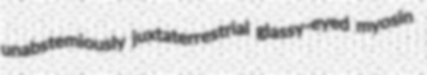
unabstemiously juxtaterrestrial glassy-eyed myosin